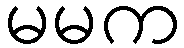
မမက